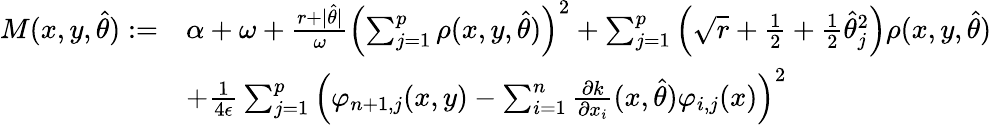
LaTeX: \begin{array}{rl}{M(x,y,\hat{\theta}):=}&{\alpha+\omega+\frac{r+\vert\hat{\theta}\vert}{\omega}\left(\sum_{j=1}^{p}\rho(x,y,\hat{\theta})\right)^{2}+\sum_{j=1}^{p}\left(\sqrt{r}+\frac{1}{2}+\frac{1}{2}\hat{\theta}_{j}^{2}\right)\rho(x,y,\hat{\theta})}\\ &{+\frac{1}{4\epsilon}\sum_{j=1}^{p}\left(\varphi_{n+1,j}(x,y)-\sum_{i=1}^{n}\frac{\partial k}{\partial x_{i}}(x,\hat{\theta})\varphi_{i,j}(x)\right)^{2}}\end{array}